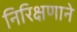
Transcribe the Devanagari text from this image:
निरिक्षणाने